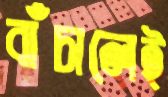
বাঁচালেই